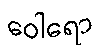
ဝေါရော